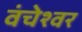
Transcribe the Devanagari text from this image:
वंचेश्वर